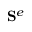
{ \bf S } ^ { e }